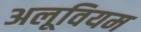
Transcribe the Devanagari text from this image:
अलूवियम